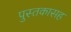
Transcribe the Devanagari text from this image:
पुस्तकासह